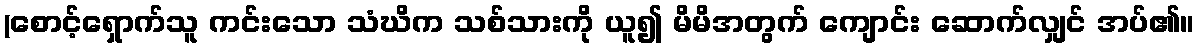
(စောင့်ရှောက်သူ ကင်းသော သံဃိက သစ်သားကို ယူ၍ မိမိအတွက် ကျောင်း ဆောက်လျှင် အပ်၏။